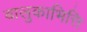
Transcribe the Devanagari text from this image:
बालुकाभित्ति